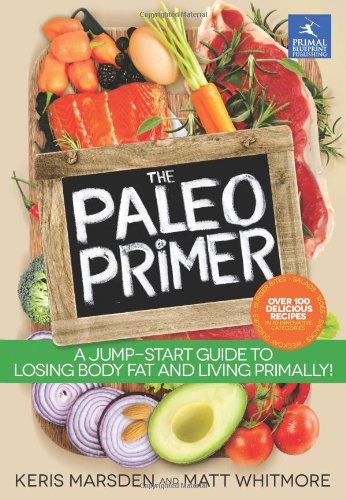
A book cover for The Paleo Primer: A Jump-Start Guide to Losing Body Fat and Living Primally; Keris Marsden; Cookbooks, Food & Wine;